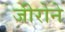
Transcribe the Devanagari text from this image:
जीरोने